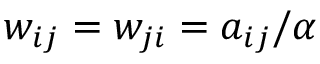
w _ { i j } = w _ { j i } = a _ { i j } / \alpha